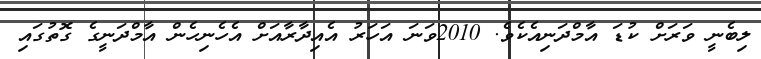
ލިބެނީ ވަރަށް ކުޑަ އާމްދަނިއެކެވެ. 2010ވަނަ އަހަރު އެއިދާރާއަށް އެހެނިހެން އާމްދަނީގެ ގޮތުގައި